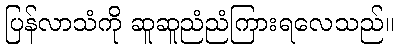
ပြန်လာသံကို ဆူဆူညံညံကြားရလေသည်။